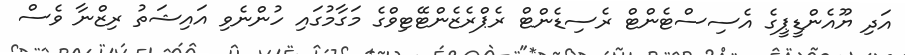
އަދި ޔޫއެންޑީޕީގެ އެސިސްޓެންޓް ރެސިޑެންޓް ރެޕްރެޒެންޓޭޓިވްގެ މަގާމުގައި ހުންނެވި އައިޝަތު ރިޒްނާ ވެސް